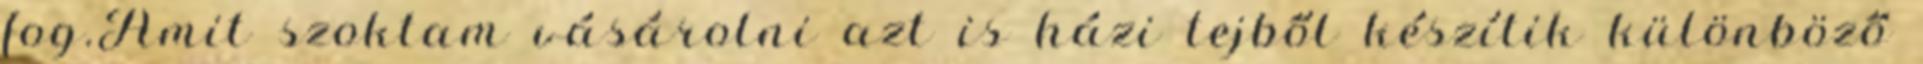
fog.Amit szoktam vásárolni azt is házi tejből készítik különböző